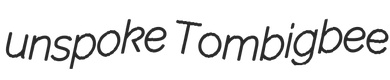
unspoke Tombigbee